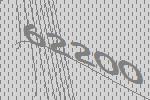
62200